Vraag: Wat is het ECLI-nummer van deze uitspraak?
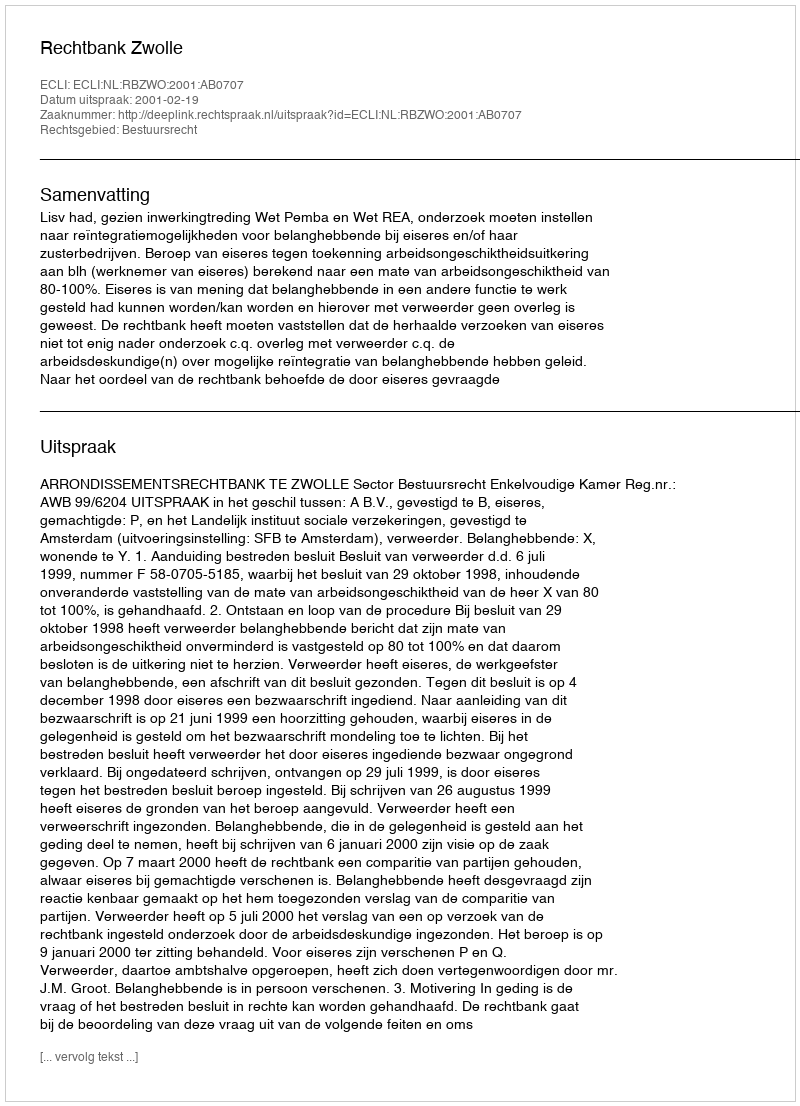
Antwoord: ECLI:NL:RBZWO:2001:AB0707